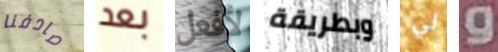
صادفنا بعد لأفعل وبطريقة لي و